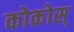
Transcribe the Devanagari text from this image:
कोकोस्